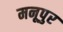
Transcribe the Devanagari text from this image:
मनूपुर